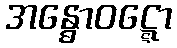
အန္ဓောဝဋ္ဋော